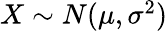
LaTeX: \textstyle X\sim N(\mu,\sigma^{2})